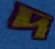
দ